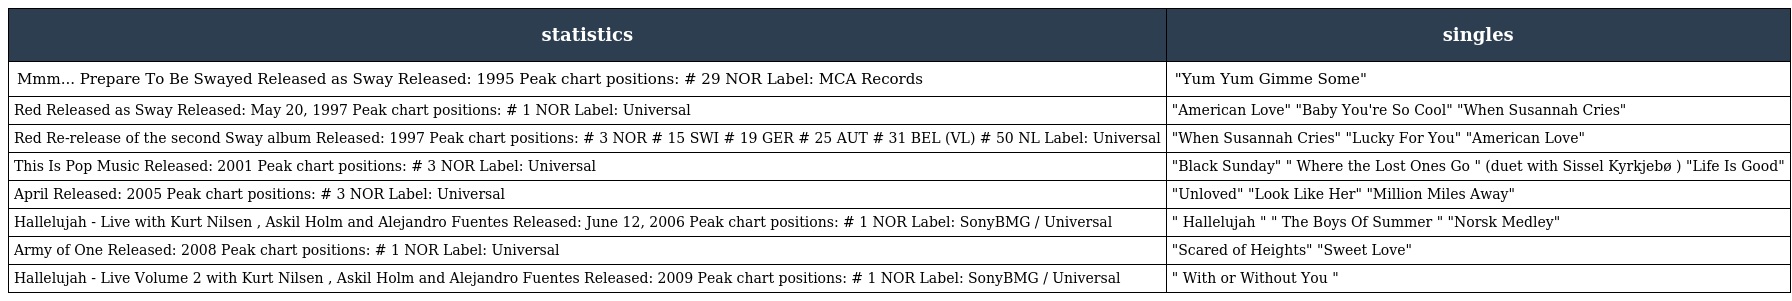
| statistics | singles |
 | --- | --- |
 | Mmm... Prepare To Be Swayed Released as Sway Released: 1995 Peak chart positions: # 29 NOR Label: MCA Records | "Yum Yum Gimme Some" |
 | Red Released as Sway Released: May 20, 1997 Peak chart positions: # 1 NOR Label: Universal | "American Love" "Baby You're So Cool" "When Susannah Cries" |
 | Red Re-release of the second Sway album Released: 1997 Peak chart positions: # 3 NOR # 15 SWI # 19 GER # 25 AUT # 31 BEL (VL) # 50 NL Label: Universal | "When Susannah Cries" "Lucky For You" "American Love" |
 | This Is Pop Music Released: 2001 Peak chart positions: # 3 NOR Label: Universal | "Black Sunday" " Where the Lost Ones Go " (duet with Sissel Kyrkjebø ) "Life Is Good" |
 | April Released: 2005 Peak chart positions: # 3 NOR Label: Universal | "Unloved" "Look Like Her" "Million Miles Away" |
 | Hallelujah - Live with Kurt Nilsen , Askil Holm and Alejandro Fuentes Released: June 12, 2006 Peak chart positions: # 1 NOR Label: SonyBMG / Universal | " Hallelujah " " The Boys Of Summer " "Norsk Medley" |
 | Army of One Released: 2008 Peak chart positions: # 1 NOR Label: Universal | "Scared of Heights" "Sweet Love" |
 | Hallelujah - Live Volume 2 with Kurt Nilsen , Askil Holm and Alejandro Fuentes Released: 2009 Peak chart positions: # 1 NOR Label: SonyBMG / Universal | " With or Without You " |